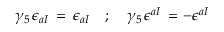
\gamma _ { 5 } \, \epsilon _ { a I } \, = \, \epsilon _ { a I } \quad ; \quad \gamma _ { 5 } \, \epsilon ^ { a I } \, = - \epsilon ^ { a I }